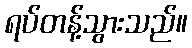
ရပ်တန့်သွားသည်။